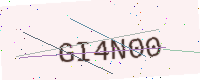
Text: GI4N00